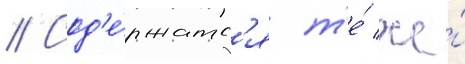
// Сод'е́ржатс'я т'е́ же́